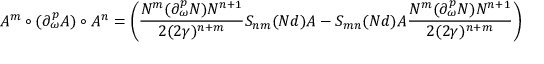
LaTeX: A ^ { m } \circ ( \partial _ { \omega } ^ { p } A ) \circ A ^ { n } = \left( { \frac { N ^ { m } ( \partial _ { \omega } ^ { p } N ) N ^ { n + 1 } } { 2 ( 2 \gamma ) ^ { n + m } } } S _ { n m } ( N d ) A - S _ { m n } ( N d ) A { \frac { N ^ { m } ( \partial _ { \omega } ^ { p } N ) N ^ { n + 1 } } { 2 ( 2 \gamma ) ^ { n + m } } } \right)